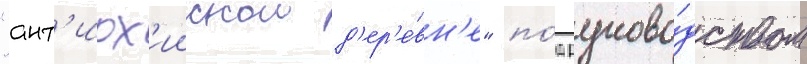
"ант'иох'иискои д'ер'е́вн'е" по́д руково́дством